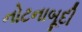
નોટનાબૂદી